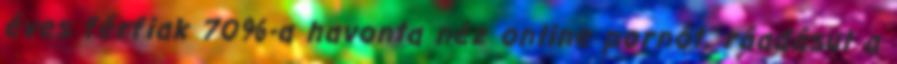
éves férfiak 70%-a havonta néz online pornót, ráadásul a